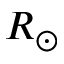
R _ { \odot }